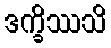
ဒက္ခိဿသိ